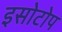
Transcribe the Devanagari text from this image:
इसोटोप